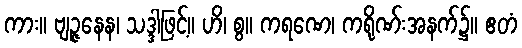
ကား။ ဗျဉ္ဇနေန၊ သဒ္ဒါဖြင့်။ ဟိ၊ စွ။ ကရဏေ၊ ကရိုဏ်းအနက်၌။ ဧတံ